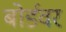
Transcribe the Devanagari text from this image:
बोर्डवर